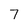
Character: 7